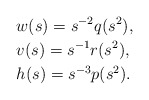
\begin{align*}&w(s) = s^{-2} q(s^2), \\&v(s) = s^{-1} r(s^2), \\&h(s) = s^{-3} p(s^2).\end{align*}